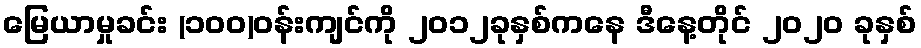
မြေယာမှုခင်း (၁၀၀)ဝန်းကျင်ကို ၂၀၁၂ခုနှစ်ကနေ ဒီနေ့တိုင် ၂၀၂၀ ခုနှစ်